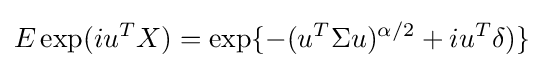
E\exp(iu^{T}X)=\exp\{-(u^{T}\Sigma u)^{\alpha /2}+iu^{T}\delta )\}